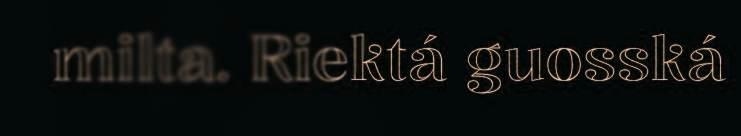
milta. Riektá guosská